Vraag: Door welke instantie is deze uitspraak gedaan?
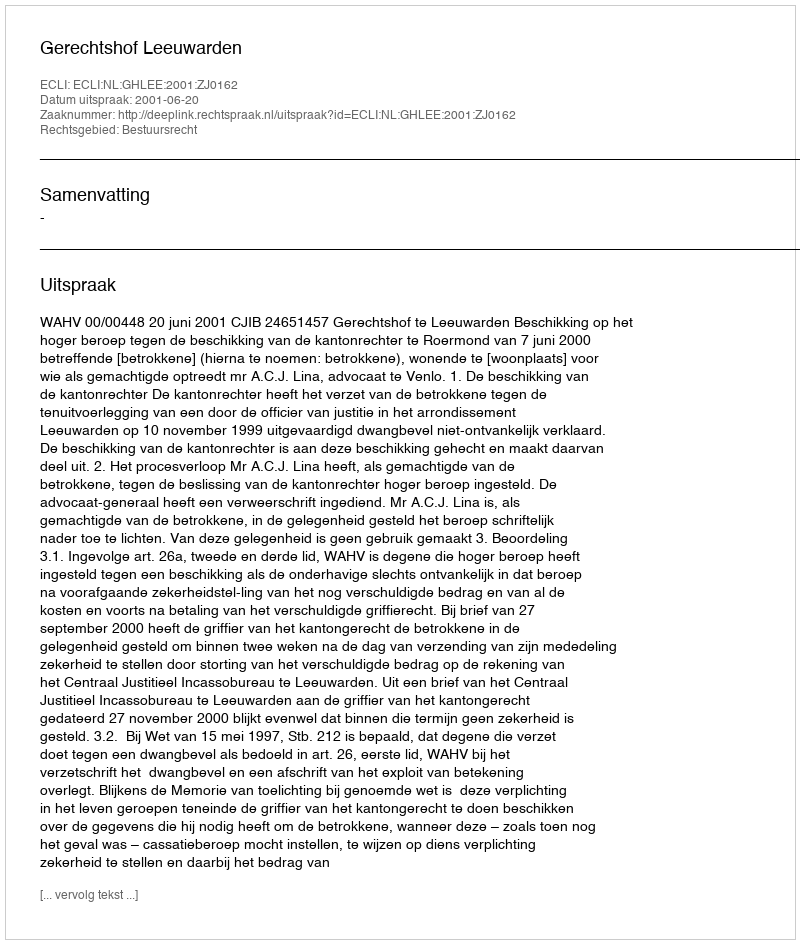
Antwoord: Gerechtshof Leeuwarden